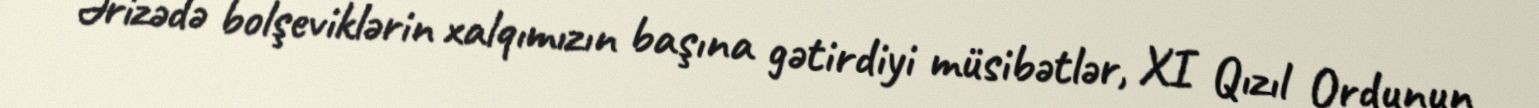
Ərizədə bolşeviklərin xalqımızın başına gətirdiyi müsibətlər, XI Qızıl Ordunun